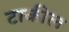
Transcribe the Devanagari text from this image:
टाकील